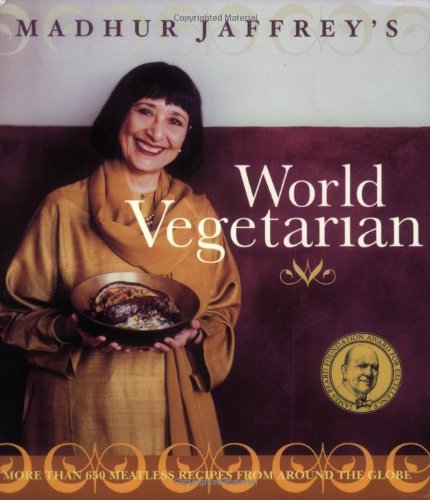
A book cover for Madhur Jaffrey's World Vegetarian: More Than 650 Meatless Recipes from Around the World; Madhur Jaffrey; Cookbooks, Food & Wine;